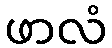
ဖာလံ